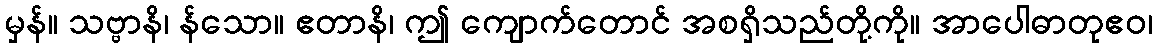
မှန်။ သဗ္ဗာနိ၊ န်သော။ ဧတာနိ၊ ဤ ကျောက်တောင် အစရှိသည်တို့ကို။ အာပေါဓာတုဧဝ၊